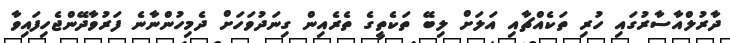
ދާރުލްއާސާރުގައި ހުރި ތަކެއްޗާއި އަލަށް ލިބޭ ތަކެތީގެ ތެރެއިން ގިނަދުވަހަށް ދެމިހުންނާނެ ފަރުވާދޭންޖެހިފައިވާ